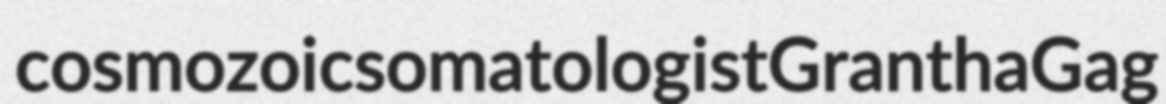
cosmozoic somatologist Grantha Gag